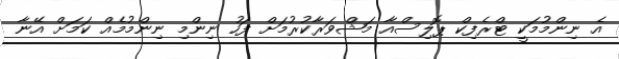
އެ ނިންމުމަކީ ޓްރެފިކް ޕޮލިސްއާ މަޝްވަރާކުރުމަށް ފަހު ނިންމި ނިންމުމެއް ކަމަށް އޭނާ